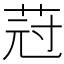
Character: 𦯿